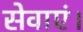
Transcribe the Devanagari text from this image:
सेवाएं।